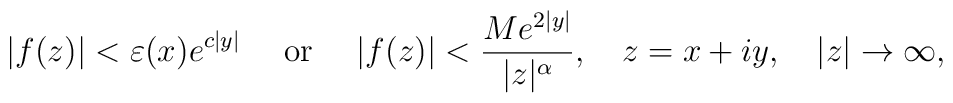
\vert f(z)\vert <\varepsilon (x) e^{c\vert y\vert } \quad \textrm{ or }\quad \vert f(z)\vert <\frac{Me^{2\vert y\vert }}{\vert z\vert ^\alpha},\quad z=x+iy,\quad \vert z\vert \to \infty ,